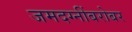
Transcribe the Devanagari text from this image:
जमदग्नींबरोबर